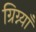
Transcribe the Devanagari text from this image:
ग्रिग्न्याँ